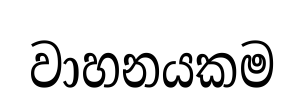
වාහනයකම